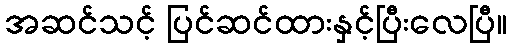
အဆင်သင့် ပြင်ဆင်ထားနှင့်ပြီးလေပြီ။